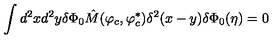
\int d ^ { 2 } x d ^ { 2 } y \delta \Phi _ { 0 } \hat { M } ( \varphi _ { c } , \varphi _ { c } ^ { \ast } ) \delta ^ { 2 } ( x - y ) \delta \Phi _ { 0 } ( \eta ) = 0